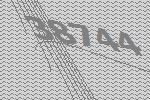
38744